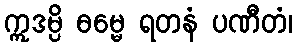
ဣဒမ္ပိ ဓမ္မေ ရတနံ ပဏီတံ၊